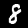
Label: 8